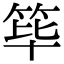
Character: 筚